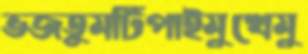
ভজতুমটিপাইমুখেমু